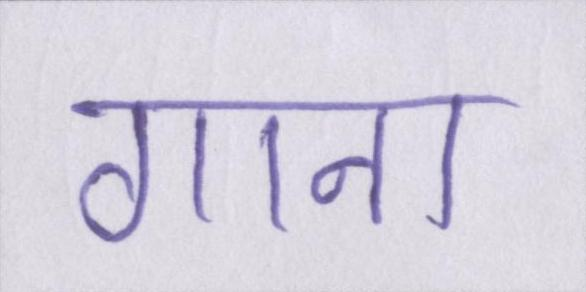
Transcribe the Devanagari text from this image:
गाना